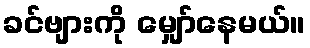
ခင်ဗျားကို မျှော်နေမယ်။